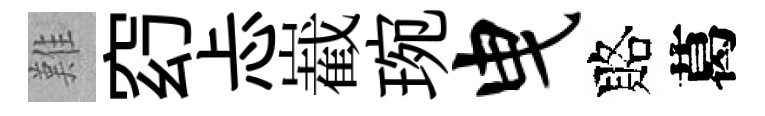
難𥥆忐嶻琬曳賂葛